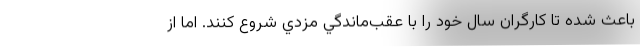
باعث شده تا كارگران سال خود را با عقب‌ماندگي مزدي شروع كنند. اما از